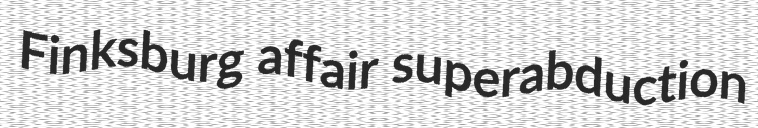
Finksburg affair superabduction